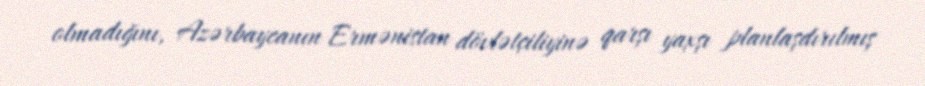
olmadığını, Azərbaycanın Ermənistan dövlətçiliyinə qarşı yaxşı planlaşdırılmış